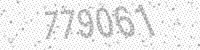
Solution: 779061